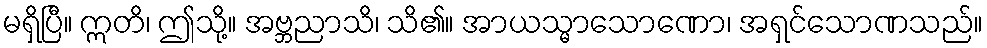
မရှိပြီ။ ဣတိ၊ ဤသို့။ အဗ္ဘညာသိ၊ သိ၏။ အာယသ္မာသောဏော၊ အရှင်သောဏသည်။